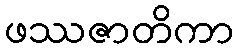
ဖဿဇာတိကာ